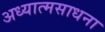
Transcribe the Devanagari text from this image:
अध्यात्मसाधना